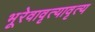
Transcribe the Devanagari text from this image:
भूरेवावृत्यावृत्य